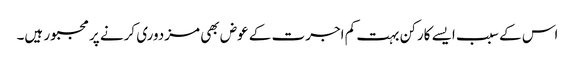
اس کے سبب ایسے کارکن بہت کم اجرت کے عوض بھی مزدوری کرنے پر مجبور ہیں۔